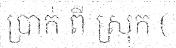
ប្រាក់ ពី ស្រុក (